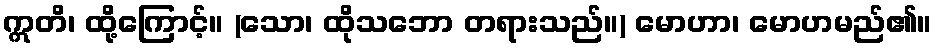
ဣတိ၊ ထို့ကြောင့်။ (သော၊ ထိုသဘော တရားသည်။) မောဟာ၊ မောဟမည်၏။